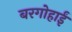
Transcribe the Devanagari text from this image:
बरगोहाईं